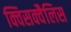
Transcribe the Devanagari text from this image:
क्विसक्वैलिस